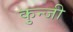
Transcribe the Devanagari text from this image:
कुन्जी